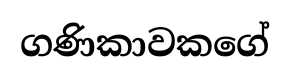
ගණිකාවකගේ